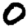
Digit: 0